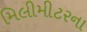
મિલીમીટરના